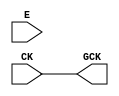
module OPENROAD_CLKGATE (CK, E, GCK);
  input CK;
  input E;
  output GCK;

`ifdef OPENROAD_CLKGATE

sky130_osu_sc_18T_ms__pcgate_1 latch (.CK (CK), .E(E), .ECK(GCK));

`else

assign GCK = CK;

`endif

endmodule